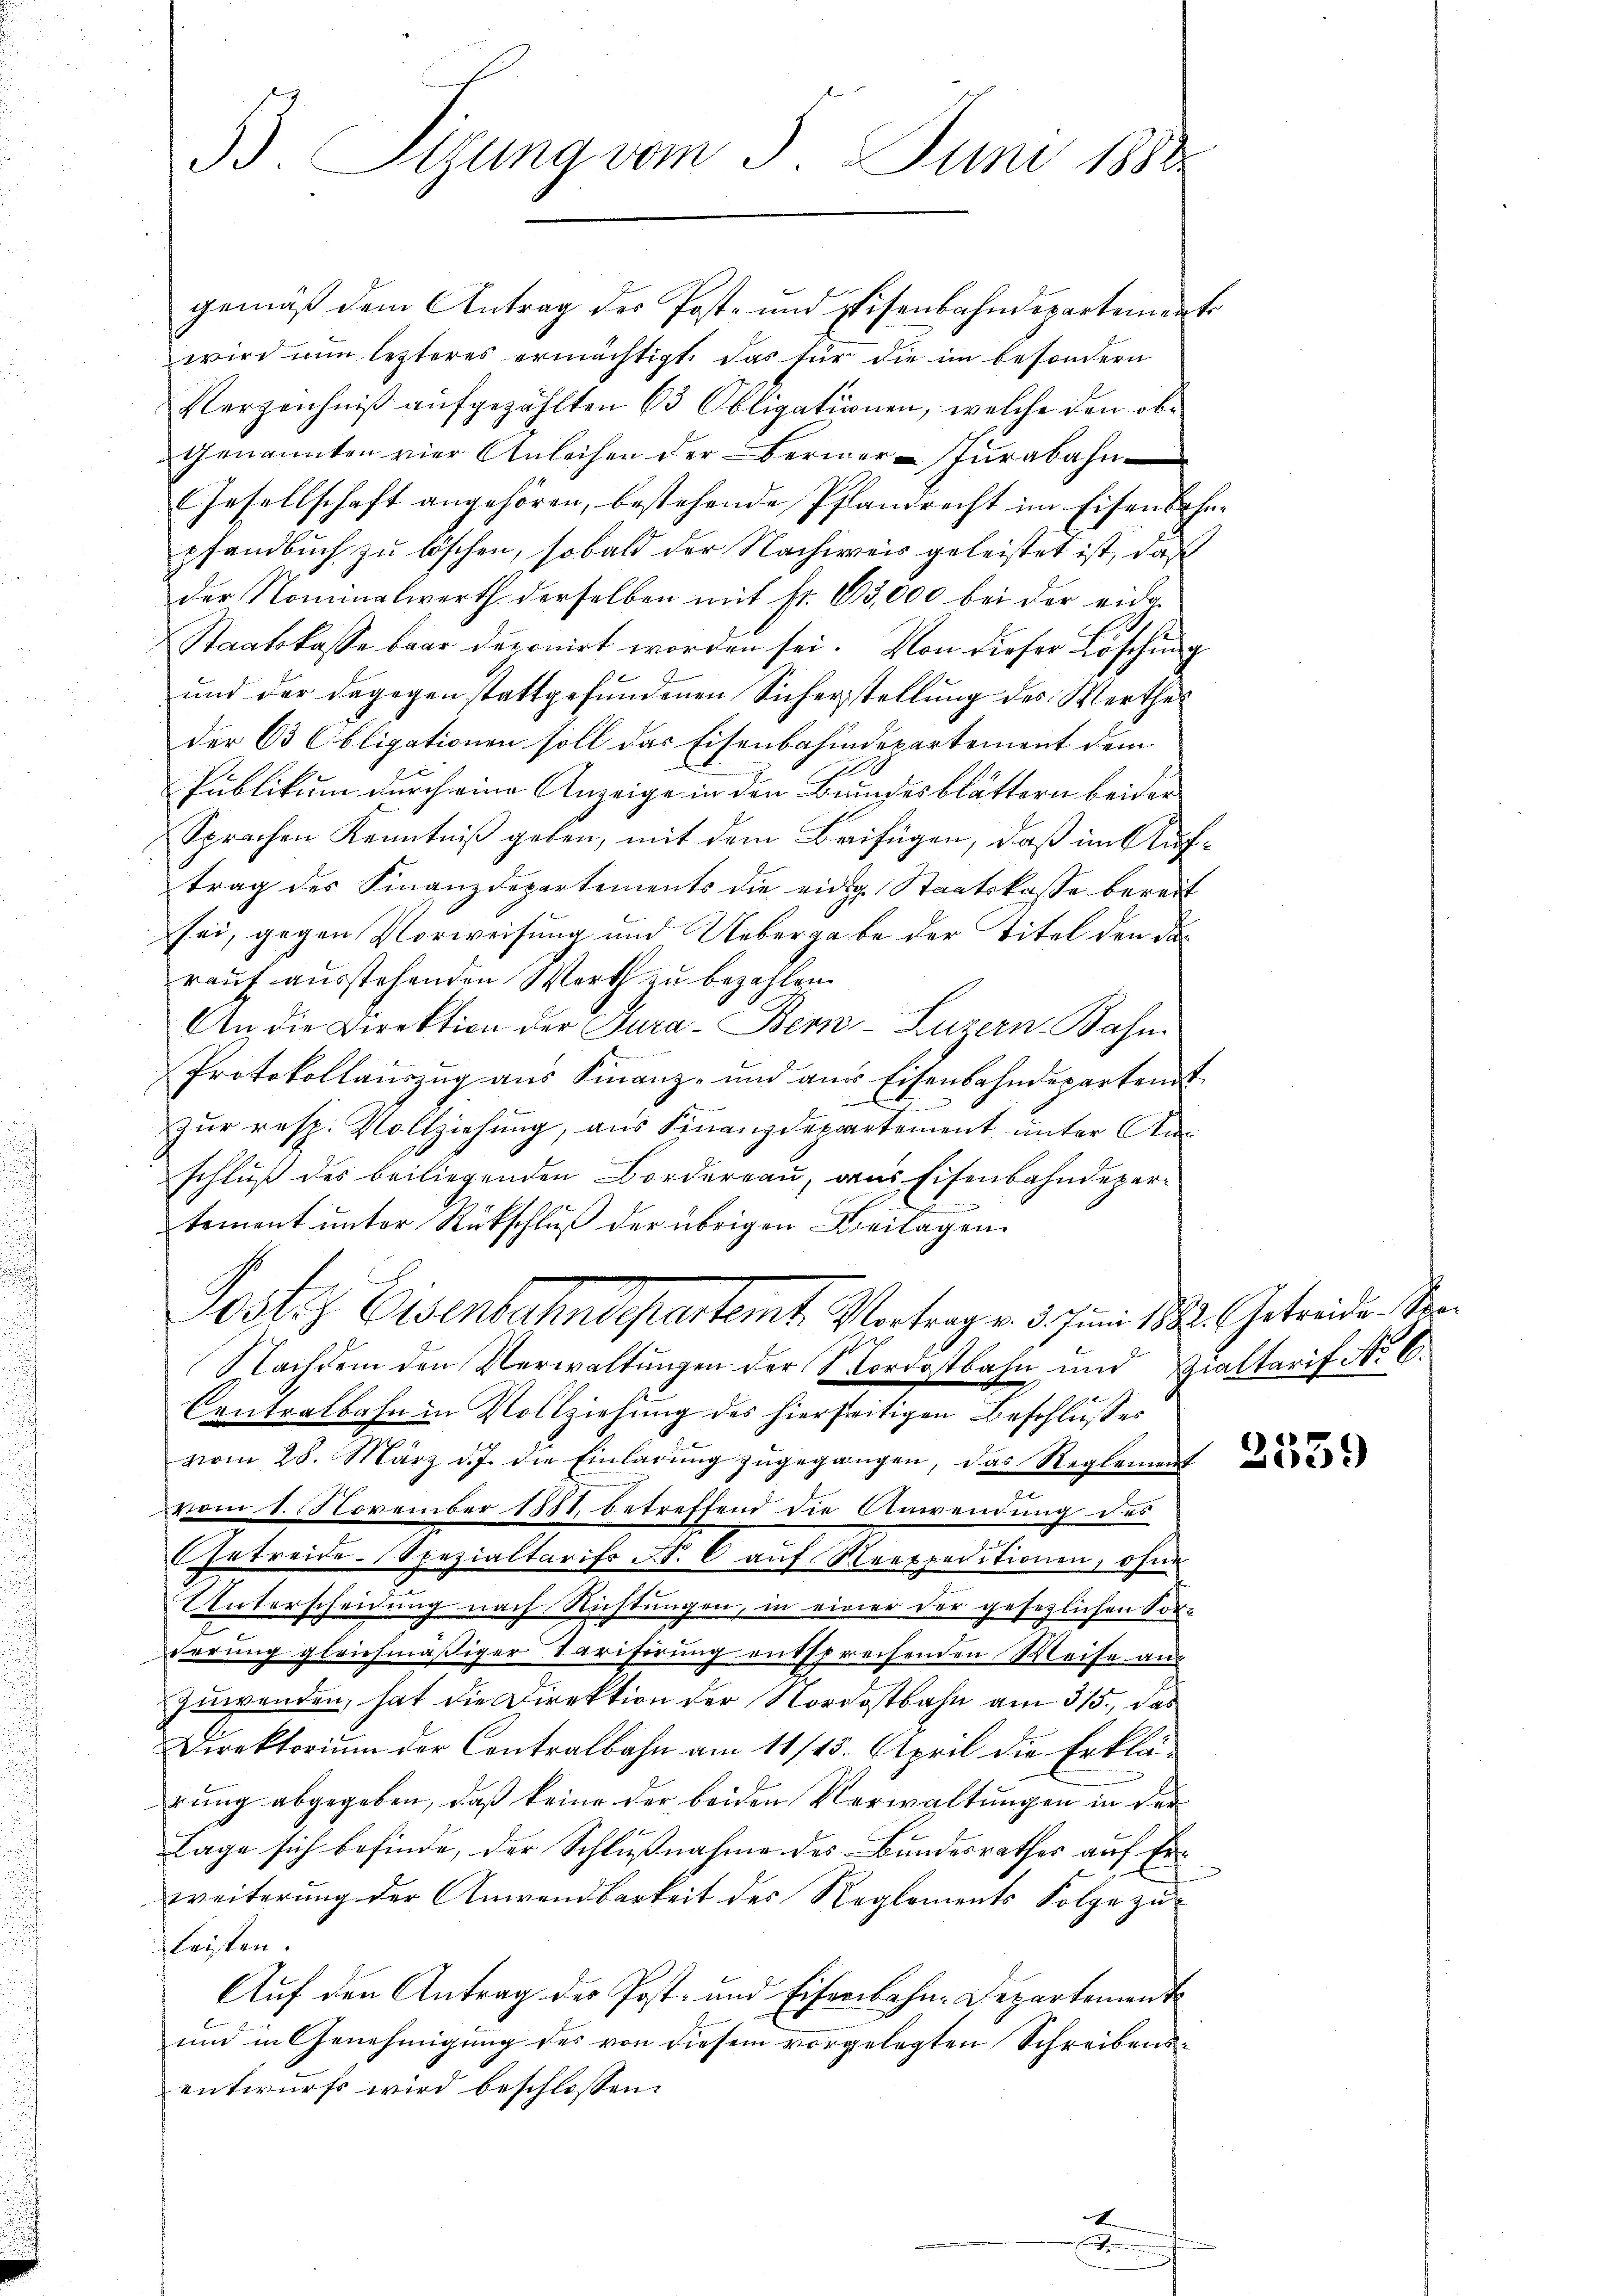
gemäß dem Antrag der Post- und Eisenbahndepartementr
wird nun letzteres ermächtigt, das für die im besondern
Verzeichniß aufgezählten 63 Obligationen, welche den ob¬
Genannten vier Anleihen der Berner-Tŭrabahn
Gesellschaft angehören, bestehende Pflandrecht im Eisenbahn
pfandbuch zu löschen, sobald der Nachweis geleistet ist, daß
der Nominalwerth derselben mit Fr. 65,000 bei der eide¬
Staatskasse baar deponirt worden sei. Von dieser Löschung
und der dagegen stattgefundenen Sicherstellung des Werthes
der 63 Obligationen soll das Eisenbahndepartement dem
Publikum durch eine Anzeige in den Brundesblättern beider
Sprachen Kenntniß geben, mit dem Beifügen, daß im Auftrag des Finanzdepartements die eidg Staatskasse bereit
sei, gegen Vorweisung und Uebergabe der Titel den darauf ausstehenden Werth zu bezahlen.
An die Direktion der Jura - Bern-Luzern Bahn
Protokollaŭszŭg aŭs Finanz- und aus Eisenbahndepartent
n
zŭr resp. Vollziehung, aus Finanzdepartement unter Anschluß des beiliegenden Borderrau, aus Eisenbahndepartement ŭnter Rückschluß der übrigen Kreilagen
Posts Eisenbahndepartemt. Vortrag v. 3. Juni 188. Getreiden Ver
e
Nachdem den Verwaltungen der Nordostbahn und Zialtarif No 6.
Centralbahn in Vollziehung des hierseitigen Beschlusses
vom 28. März d. J. die Einladŭng zŭgegangen, das Reglement
vom 1. November 1884 betreffend die Anwendung des
Getreide Spezialtarifs Nr. 6 aŭf Repreditionen, ohne
Unterscheidung nach Richtungen, in einer der gesezlichen Vor-
derung gleichmäßiger Tarifirung entsprechenden Weise aus
Zuwenden, hat die Direktion der Nordostbahn am 315., das
Direktorium der Contralbahn am 11/25. April die Erklä-
rung abgegeben, daß keine der beiden Verwaltungen in der
lage sich befinde, der Schlussnahme des Bundesrathes auf Erweiterung der Anwendbarkeit des Reglements Folge zuleisten.
Auf den Antrag des Post- und Eiferbahn-Departement
und in Genehmigung des von diesem vorgelegten Schreibensentwurfs wird beschlossen:

B. Sizung vom 5. Juni 1890.

2

u

2559